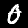
Label: 0